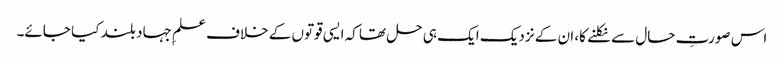
اس صورتِ حال سے نکلنے کا، ان کے نزدیک ایک ہی حل تھا کہ ایسی قوتوں کے خلاف علمِ جہاد بلند کیا جائے۔